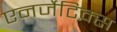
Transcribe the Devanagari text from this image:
एनर्जेटिक्स